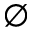
\emptyset